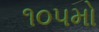
૧૦૫મો